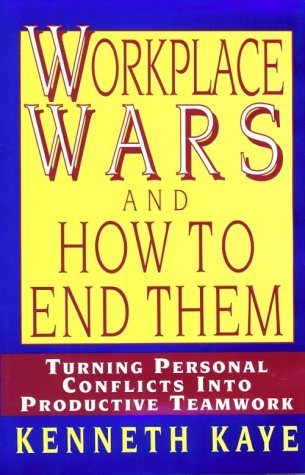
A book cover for Workplace Wars and How to End Them: Turning Personal Conflicts into Productive Teamwork; Kenneth Kaye; Business & Money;